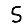
Digit: 5